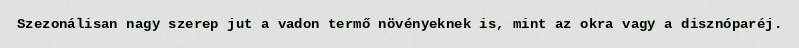
Szezonálisan nagy szerep jut a vadon termő növényeknek is, mint az okra vagy a disznóparéj.